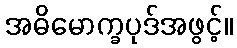
အဓိမောက္ခပုဒ်အဖွင့်။